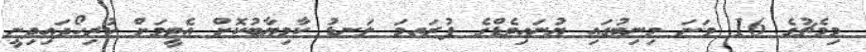
މިމެޗުގެ 16 ވަނަ މިނިޓުގައި ޔުނައިޓެޑްގެ ފުރަތމަ ލަނޑު ކާމިޔާބުކޮށް އެޓީމަށް ކުރިހޯދައިދިނީ